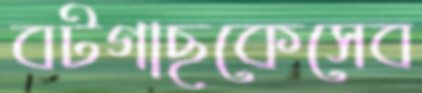
বটগাছকেসেব